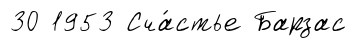
30 1953 Сча́стье Барзас